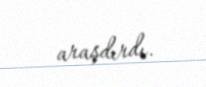
araşdırdı.